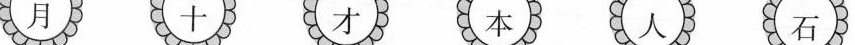
月 十 才 本 人 石